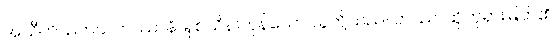
အသီတိသတသဟဿာနိ၊ ရှစ်သိန်းကုန်သော သူတို့သည်။ တဿ၊ ထိုဘုရားမြတ်၏။